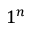
1 ^ { n }